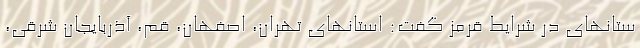
ستانهای در شرایط قرمز گفت: استانهای تهران، اصفهان، قم، آذربایجان شرقی،